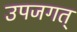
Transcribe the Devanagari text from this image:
उपजगत्